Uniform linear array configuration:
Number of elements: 4
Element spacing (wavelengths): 0.5
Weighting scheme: exponential
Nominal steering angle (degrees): -30
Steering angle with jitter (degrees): -29.695
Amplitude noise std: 0.05
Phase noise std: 0.05

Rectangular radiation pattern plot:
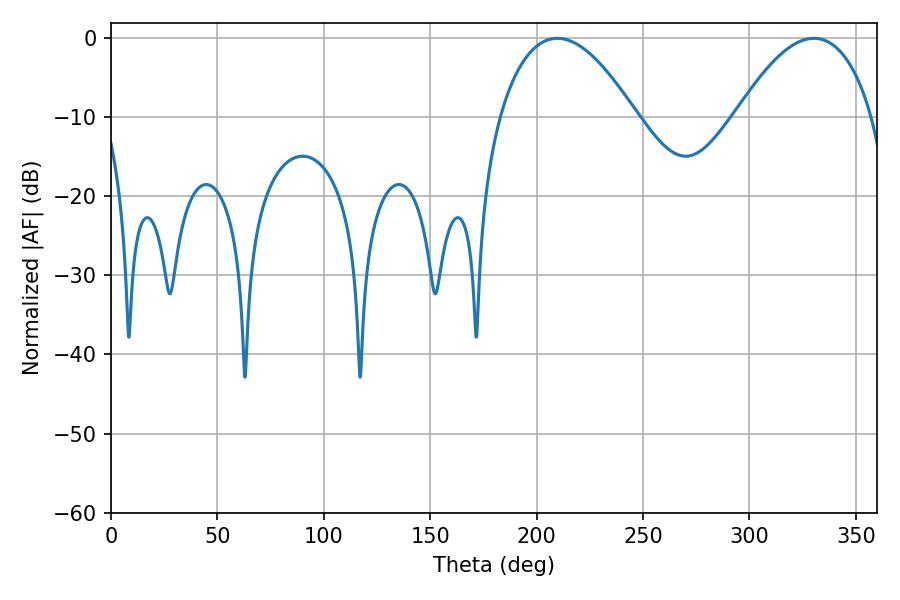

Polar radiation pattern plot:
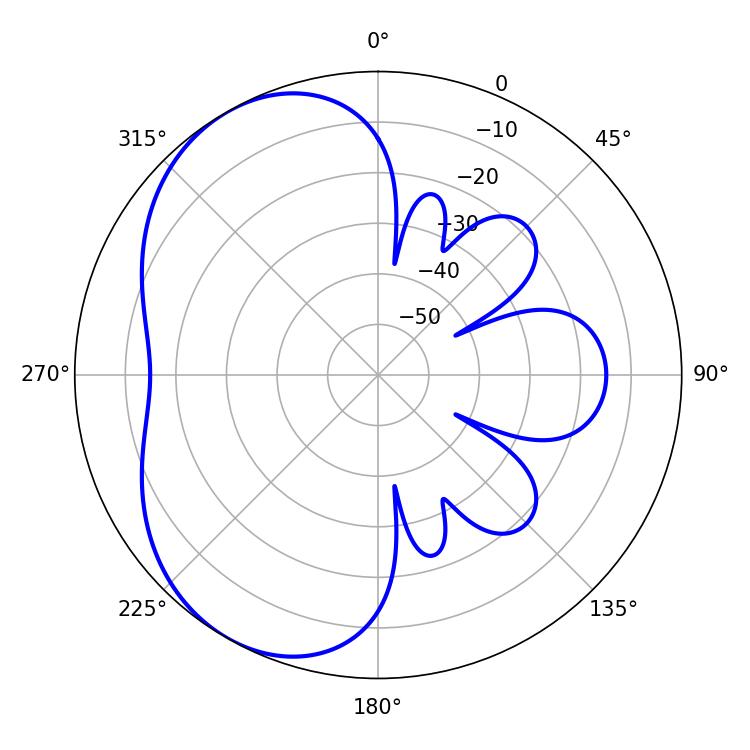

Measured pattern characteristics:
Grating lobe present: FALSE
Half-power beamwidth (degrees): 35.28
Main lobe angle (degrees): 209.7